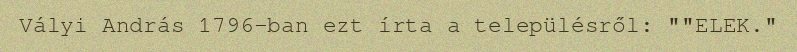
Vályi András 1796-ban ezt írta a településről: ""ELEK."